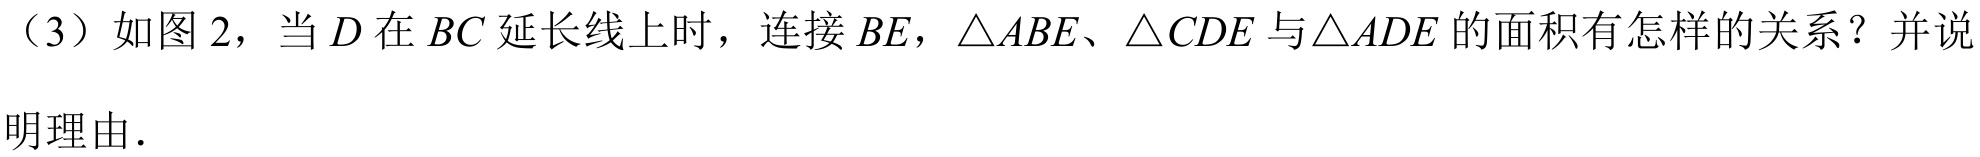
（3）如图2，当$D$在$BC$延长线上时，连接$BE$，$\triangle ABE$、$\triangle CDE$与$\triangle ADE$的面积有怎样的关系？并说明理由.